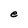
Character: e